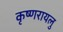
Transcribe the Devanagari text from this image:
कृष्णरायलु